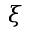
\xi